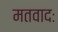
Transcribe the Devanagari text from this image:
मतवादः